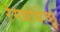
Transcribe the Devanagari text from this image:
रंगबोधेच्छु